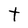
Character: t